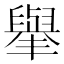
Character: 𦦙